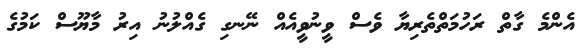
އެންމެ ގާތް ރަހުމަތްތެރިޔާ ވެސް ވީނުވީއެއް ނޭނގި ގެއްލުނު އިރު މާޔޫސް ކަމުގެ